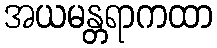
အယမန္တရာကထာ